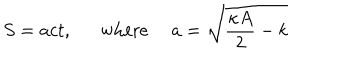
S = a c t , \ \ \mathrm { w h e r e } \ a = \sqrt { \frac { \kappa A } { 2 } - k }